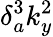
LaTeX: \delta_{a}^{3}k_{y}^{2}